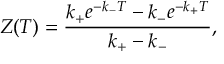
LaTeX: T ^ { \mu \nu } = p \, g ^ { \mu \nu } + ( p + \rho ) \, U ^ { \mu } U ^ { \nu } \, ,